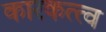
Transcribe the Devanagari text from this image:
कारकत्त्व